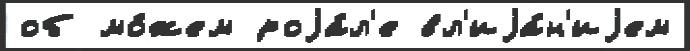
об мо́жем роjа́л'е вл'иjа́н'иjем